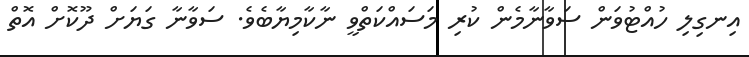
އިނގިލި ހުއްޓުވަން ސަވާނާމެން ކުރި މަސައްކަތްވީ ނާކާމިޔާބެވެ. ސަވާނާ ގަޔަށް ދޫކޮށް އޮތް